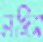
লজিস